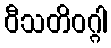
ဝီသတိဝဂ္ဂါ